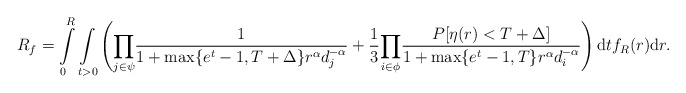
\begin{align*} R_f = \int\limits_{0}^{R}\underset{t>0}\int\left(\underset{j \in \psi}\prod\frac{1}{1+\max\{e^t-1,T+\Delta\} r^\alpha d_j^{-\alpha}}+\frac{1}{3}\underset{i \in \phi}\prod\frac{P[\eta(r)<T+\Delta]}{1+\max\{e^t-1,T\}r^\alpha d_i^{-\alpha}}\right)\mathrm{d}tf_R(r)\mathrm{d}r.\end{align*}